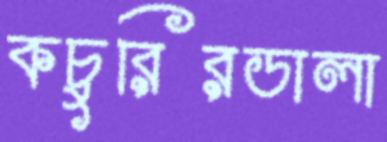
কচুরিরডালা